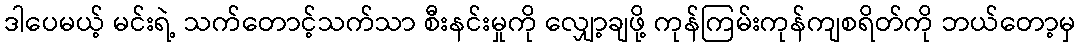
ဒါပေမယ့် မင်းရဲ့ သက်တောင့်သက်သာ စီးနင်းမှုကို လျှော့ချဖို့ ကုန်ကြမ်းကုန်ကျစရိတ်ကို ဘယ်တော့မှ